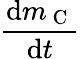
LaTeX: \frac{\mathrm{d}m_{\mathrm{~C~}}}{\mathrm{d}t}